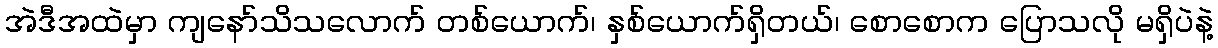
အဲဒီအထဲမှာ ကျနော်သိသလောက် တစ်ယောက်၊ နှစ်ယောက်ရှိတယ်၊ စောစောက ပြောသလို မရှိပဲနဲ့